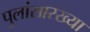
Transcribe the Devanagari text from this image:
पुलांसारख्या